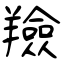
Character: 羷